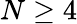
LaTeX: N\geq 4